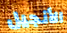
الأنجيل